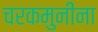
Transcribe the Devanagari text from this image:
चरकमुनींना